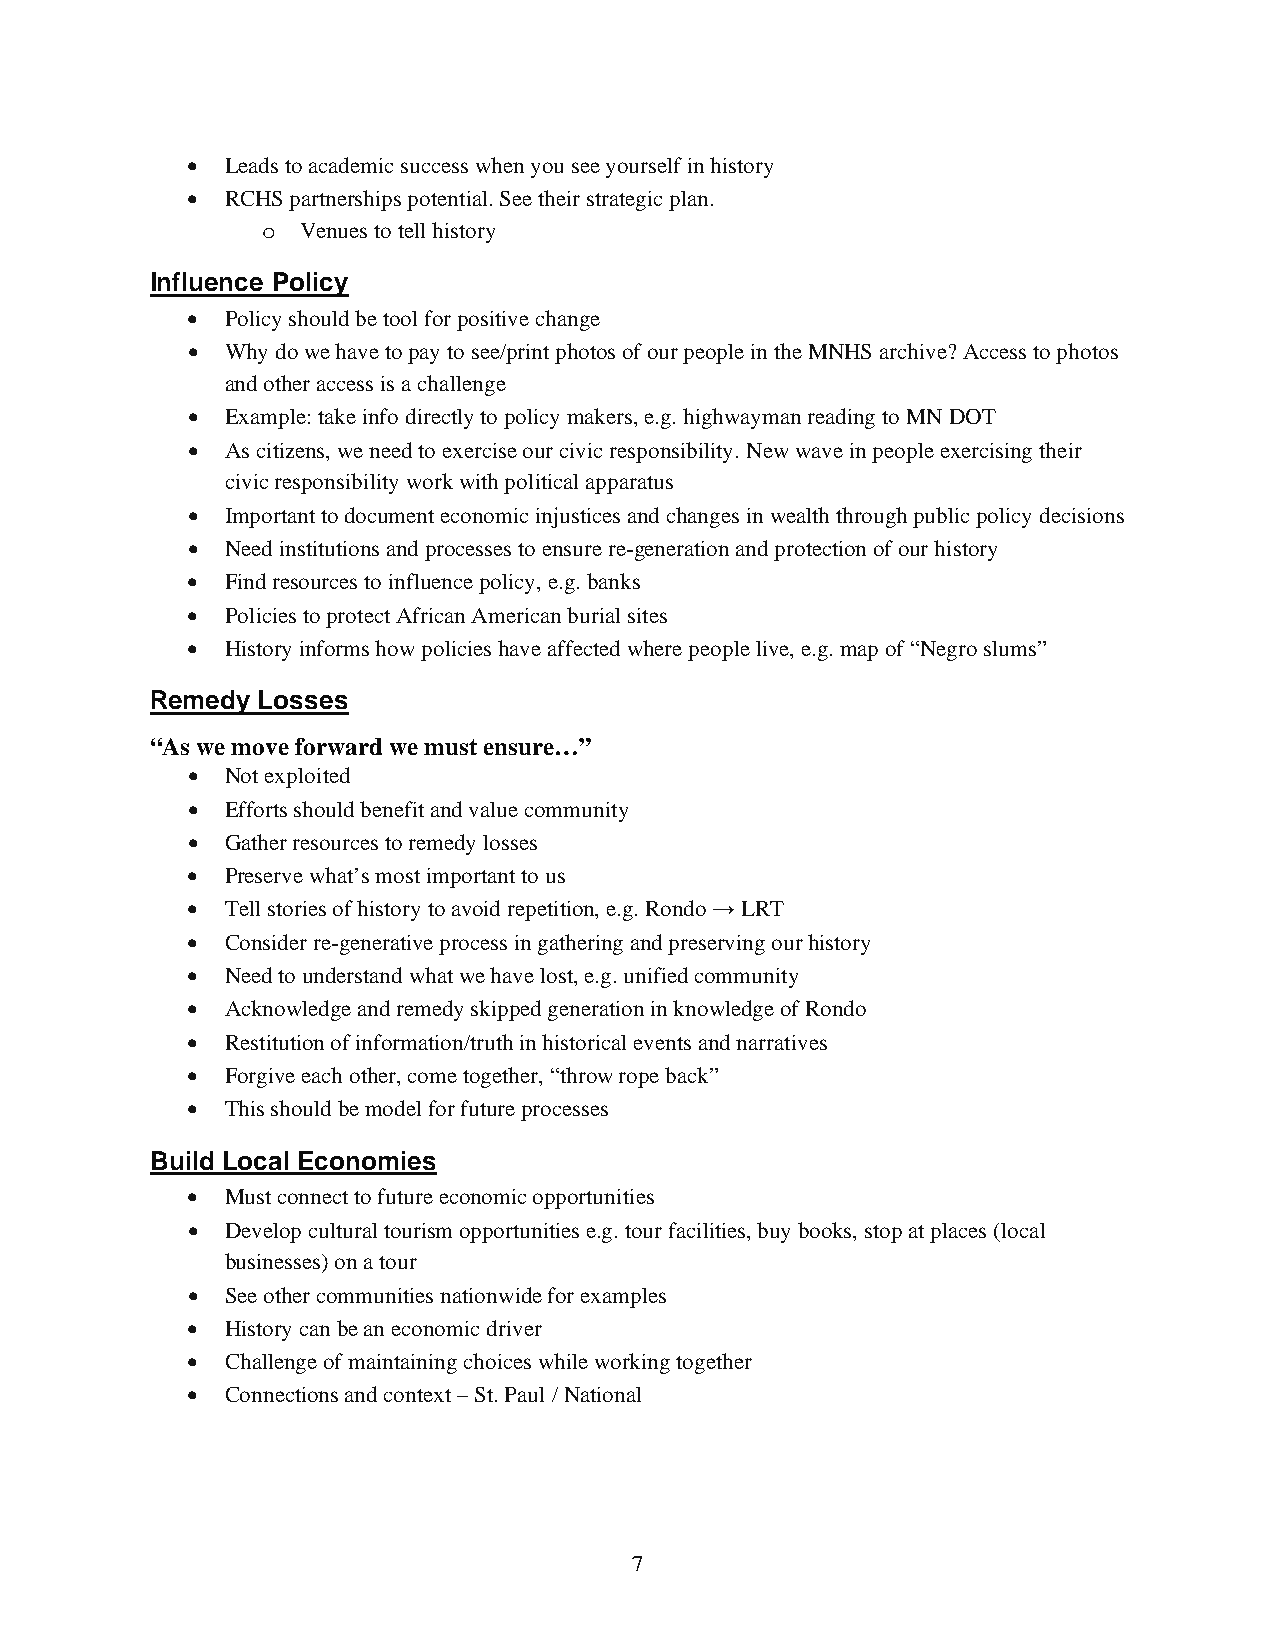
•  Leads to academic success when you see yourself in history
 •  RCHS partnerships potential. See their strategic plan.
 o  Venues to tell history
 Influence Policy
 •  Policy should be tool for positive change
 •  Why do we have to pay to see/print photos of our people in the MNHS archive? Access to photos
 and other access is a challenge
 •  Example: take info directly to policy makers, e.g. highwayman reading to MN DOT
 •  As citizens, we need to exercise our civic responsibility. New wave in people exercising their
 civic responsibility work with political apparatus
 •  Important to document economic injustices and changes in wealth through public policy decisions
 •  Need institutions and processes to ensure re-generation and protection of our history
 •  Find resources to influence policy, e.g. banks
 •  Policies to protect African American burial sites
 •  History informs how policies have affected where people live, e.g. map of “Negro slums”
 Remedy Losses
 “As we move forward we must ensure…”
 •  Not exploited
 •  Efforts should benefit and value community
 •  Gather resources to remedy losses
 •  Preserve what’s most important to us
 •  Tell stories of history to avoid repetition, e.g. Rondo → LRT
 •  Consider re-generative process in gathering and preserving our history
 •  Need to understand what we have lost, e.g. unified community
 •  Acknowledge and remedy skipped generation in knowledge of Rondo
 •  Restitution of information/truth in historical events and narratives
 •  Forgive each other, come together, “throw rope back”
 •  This should be model for future processes
 Build Local Economies
 •  Must connect to future economic opportunities
 •  Develop cultural tourism opportunities e.g. tour facilities, buy books, stop at places (local
 businesses) on a tour
 •  See other communities nationwide for examples
 •  History can be an economic driver
 •  Challenge of maintaining choices while working together
 •  Connections and context – St. Paul / National
 7